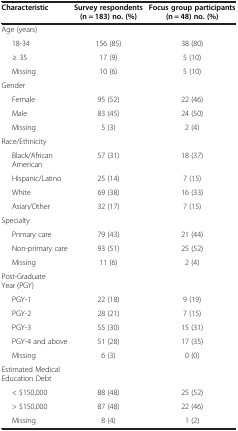
<table><thead><tr><td><b>Characteristic</b></td><td><b>Survey respondents (n = 183) no. (%)</b></td><td><b>Focus group participants (n = 48) no. (%)</b></td></tr></thead><tbody><tr><td>Age (years)</td><td> </td><td> </td></tr><tr><td>18-34</td><td>156 (85)</td><td>38 (80)</td></tr><tr><td>≥ 35</td><td>17 (9)</td><td>5 (10)</td></tr><tr><td>Missing</td><td>10 (6)</td><td>5 (10)</td></tr><tr><td>Gender</td><td> </td><td> </td></tr><tr><td>Female</td><td>95 (52)</td><td>22 (46)</td></tr><tr><td>Male</td><td>83 (45)</td><td>24 (50)</td></tr><tr><td>Missing</td><td>5 (3)</td><td>2 (4)</td></tr><tr><td>Race/Ethnicity</td><td> </td><td> </td></tr><tr><td>Black/African American</td><td>57 (31)</td><td>18 (37)</td></tr><tr><td>Hispanic/Latino</td><td>25 (14)</td><td>7 (15)</td></tr><tr><td>White</td><td>69 (38)</td><td>16 (33)</td></tr><tr><td>Asian/Other</td><td>32 (17)</td><td>7 (15)</td></tr><tr><td>Specialty</td><td> </td><td> </td></tr><tr><td>Primary care</td><td>79 (43)</td><td>21 (44)</td></tr><tr><td>Non-primary care</td><td>93 (51)</td><td>25 (52)</td></tr><tr><td>Missing</td><td>11 (6)</td><td>2 (4)</td></tr><tr><td>Post-Graduate Year (PGY)</td><td> </td><td> </td></tr><tr><td>PGY-1</td><td>22 (18)</td><td>9 (19)</td></tr><tr><td>PGY-2</td><td>28 (21)</td><td>7 (15)</td></tr><tr><td>PGY-3</td><td>55 (30)</td><td>15 (31)</td></tr><tr><td>PGY-4 and above</td><td>51 (28)</td><td>17 (35)</td></tr><tr><td>Missing</td><td>6 (3)</td><td>0 (0)</td></tr><tr><td>Estimated Medical Education Debt</td><td> </td><td> </td></tr><tr><td>&lt; $150,000</td><td>88 (48)</td><td>25 (52)</td></tr><tr><td>&gt; $150,000</td><td>87 (48)</td><td>22 (46)</td></tr><tr><td>Missing</td><td>8 (4)</td><td>1 (2)</td></tr></tbody></table>